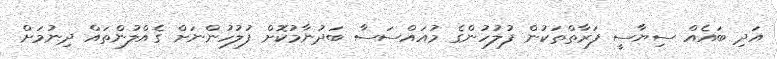
އަދި ބައެއް ސިޔާސީ ފަރާތްތަކުން ފުލުހުންގެ މުއައްސަސާ ބަދުނާމުކޮށް ފުލުހުންނަށް ގެއްލުންތައް ދިނުމަށް